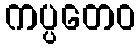
ကပ္ပတေဝ